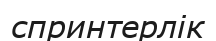
спринтерлік